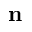
\mathbf { n }